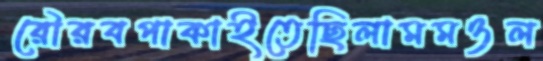
রৌরবপাকাইতেছিলামমওল